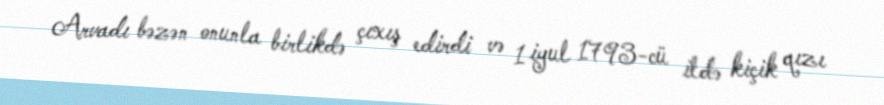
Arvadı bəzən onunla birlikdə çıxış edirdi və 1 iyul 1793-cü ildə kiçik qızı